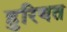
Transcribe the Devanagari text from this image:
हुरियत